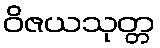
ဝိဇယသုတ္တ